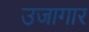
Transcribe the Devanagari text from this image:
उजागार